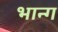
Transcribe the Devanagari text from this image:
भान्ग